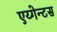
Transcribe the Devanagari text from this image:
एय्गेन्टस